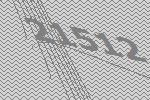
21512